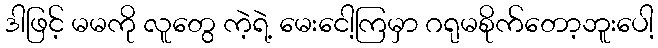
ဒါဖြင့် မမကို လူတွေ ကဲ့ရဲ့ မေးငေါ့ကြမှာ ဂရုမစိုက်တော့ဘူးပေါ့